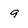
Character: 9